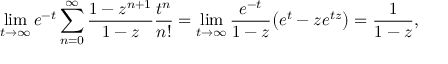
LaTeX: \operatorname* { l i m } _ { t \rightarrow \infty } e ^ { - t } \sum _ { n = 0 } ^ { \infty } \frac { 1 - z ^ { n + 1 } } { 1 - z } \frac { t ^ { n } } { n ! } = \operatorname* { l i m } _ { t \rightarrow \infty } \frac { e ^ { - t } } { 1 - z } \big ( e ^ { t } - z e ^ { t z } \big ) = \frac { 1 } { 1 - z } ,